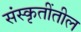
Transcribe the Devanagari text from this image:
संस्कृतींतील